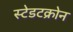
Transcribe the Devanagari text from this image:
स्टेडटक्रोन